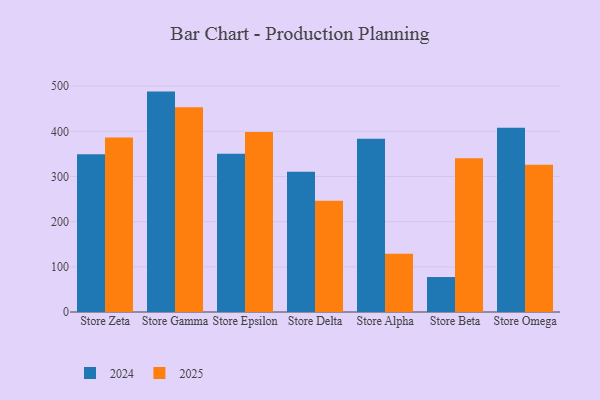
{"axis": {"x": "Store", "y": "Shipments"}, "legend": ["2024", "2025"], "data": [{"x": "Store Zeta", "y": 386.5, "type": "2025"}, {"x": "Store Zeta", "y": 349.4, "type": "2024"}, {"x": "Store Gamma", "y": 453.4, "type": "2025"}, {"x": "Store Gamma", "y": 488.0, "type": "2024"}, {"x": "Store Epsilon", "y": 398.8, "type": "2025"}, {"x": "Store Epsilon", "y": 350.4, "type": "2024"}, {"x": "Store Delta", "y": 246.2, "type": "2025"}, {"x": "Store Delta", "y": 310.6, "type": "2024"}, {"x": "Store Alpha", "y": 129.1, "type": "2025"}, {"x": "Store Alpha", "y": 383.6, "type": "2024"}, {"x": "Store Beta", "y": 340.3, "type": "2025"}, {"x": "Store Beta", "y": 77.4, "type": "2024"}, {"x": "Store Omega", "y": 325.9, "type": "2025"}, {"x": "Store Omega", "y": 407.8, "type": "2024"}]}